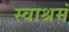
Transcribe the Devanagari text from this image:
स्वाश्रमं